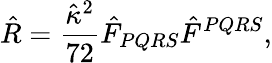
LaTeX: {\hat{R}=\frac{\hat{\kappa}^{2}}{72}\hat{F}_{PQRS}\hat{F}^{PQRS},}